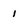
Character: i